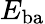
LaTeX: E_{\mathrm{ba}}